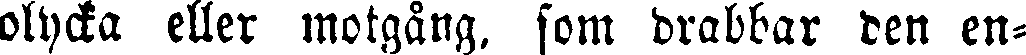
olycka eller motgång, som drabbar den en-